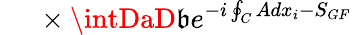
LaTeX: {}~~~~~\times\intDaD\mathfrak{b}e^{-i\oint_{C}Adx_{i}-S_{GF}}